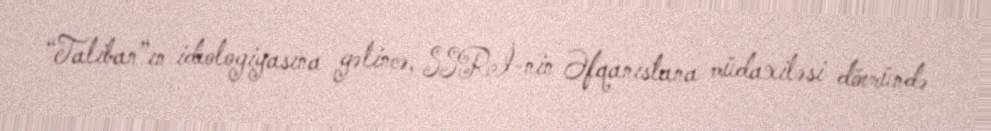
“Taliban”ın ideologiyasına gəlincə, SSRİ-nin Əfqanıstana müdaxiləsi dövründə